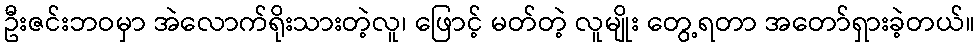
ဦးဇင်းဘဝမှာ အဲလောက်ရိုးသားတဲ့လူ၊ ဖြောင့် မတ်တဲ့ လူမျိုး တွေ့ရတာ အတော်ရှားခဲ့တယ်။